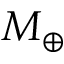
M \sb { \oplus }